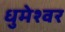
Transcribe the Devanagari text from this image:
धुमेश्वर